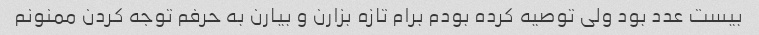
بیست عدد بود ولی توصیه کرده بودم برام تازه بزارن و بیارن به حرفم توجه کردن ممنونم